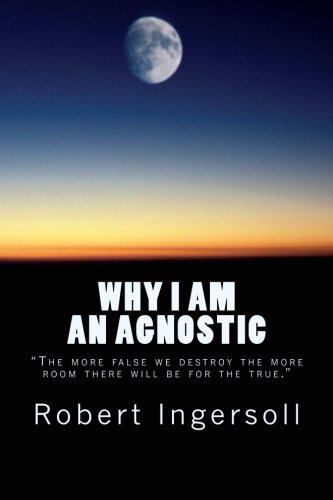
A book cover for Why I Am An Agnostic; Robert Green Ingersoll; Religion & Spirituality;